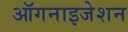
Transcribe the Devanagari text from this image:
ऑगनाइजेशन